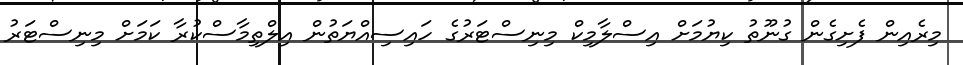
މިރެއިން ފެށިގެން ގުނޫތު ކިޔުމަށް އިސްލާމިކް މިނިސްޓަރުގެ ހައިސިއްޔަތުން އިލްތިމާސްކުރާ ކަމަށް މިނިސްޓަރު